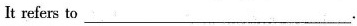
It refers to___.